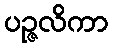
ပဉ္ဇလိကာ